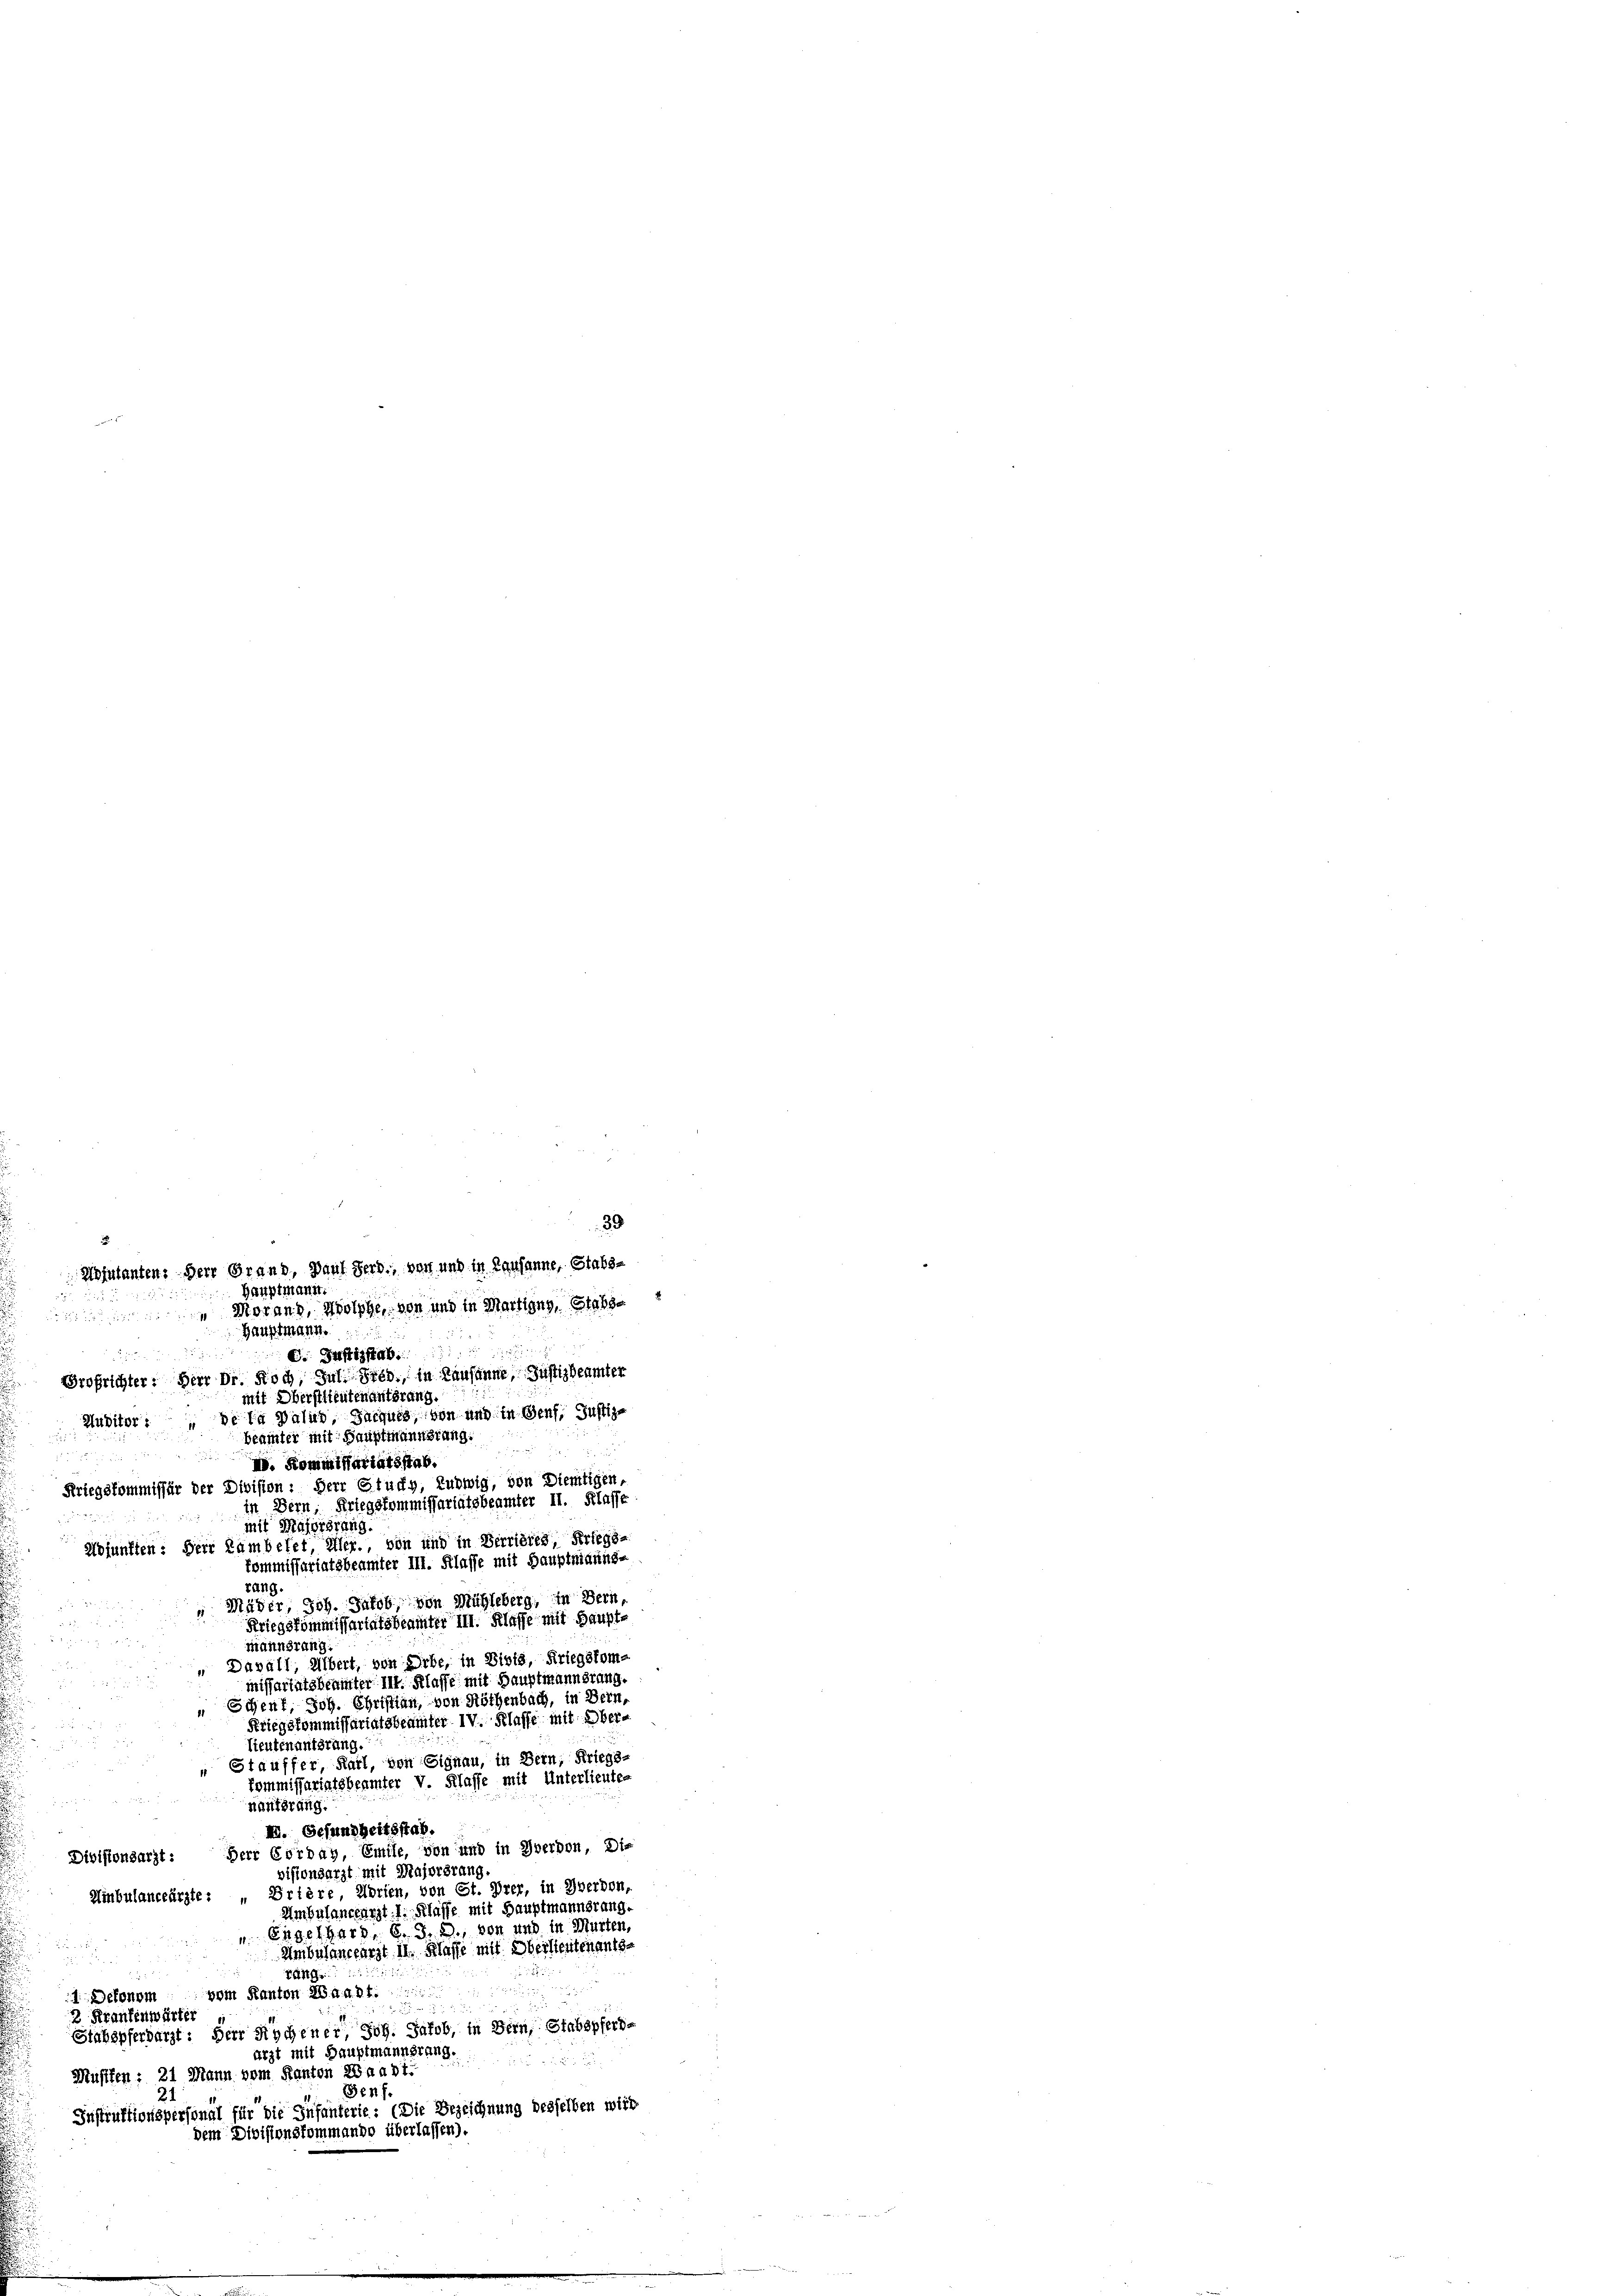
i
G. Justizstab.
Brofrichter: Herr Dr. Koch, Jul. Fred, in Kausanne, Justizbeamter
mit Oberstlieutenantsrang.
de la valud, Jacques, von und in Genf, Justiz-
Huditor :
beainter mit Hauptmannsrang.
IV. Kommißariatsstab.
Kriegskommissär der Division: Herr Stucky, Ludwig, von Dientigen,
in Bern, Kriegskommissariatsbeamter II. Klasse
e
mit Majorarung.
Hofunften: Herr Rambelet, Her., von und in Verrieres, Kriegs-
kommissariatsbeamter III. Klasse mit Hauptmanns-
rang.
Mäder, Joh. Jakob, von Mühleberg, in Bern,
Kriegskommissariatsbeamter III. Klasse mit Haupt-
mannsrang.
Davall, übert, von Erbe, in Divis, Kriegskommissariatsbeamter III. Klasse mit Hauptmannsrang.
Schent, Joh. Christian, von Röthenbach, in Bern,
Kriegskommissariatsbeamter IV. Klasse mit Ober¬
Lieutenanterung.
Stauffer, Karl, von Signau, in Bern, Kriegs-
kommissariatsbeamter V. Klasse mit Unterlieutes
näuterung.
II. Gesundheitsstab.
Divisionsarzt: Herr Corday, Emile, von und in Yberdon, Die
visionsarzt mit Majorsrang.
Hinbulanceärzte: „Brière, Korien, von St. Prer, in Zwerden,
Ambulanceärzt. I. Klasse mit Hauptmannsrang.
Engelhard, 6. d. J., von und in Murten
Umbulansearst II. Klasse mit Oberlieutenants-
räng
1 Detenem vom Kanton Waadt.
2 Krankenwärter,
Stahspferdarzt: Herr Rochener, Joh. Jakob, in Bern, Stabspferbe
arzt mit Hauptmannstang.
Müsten: 21 Mann vom Kanton Waadt.
Senf.
21
Instruktionspersöngl für die Infanterie: (Die Bezeichnung desselben wird
dem Divisionskommando überlassen).

i
Hosaulanten: Herr Grand, Paul Ferd., von und in Lausanne, Stabs-
Hauptmann
Morand, Holphe, von und in Martigny, Stabso

Hauptmann.

39